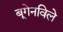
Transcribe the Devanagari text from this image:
बूगेनविले